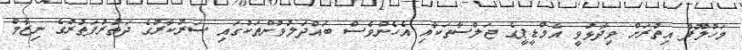
މަހުލޫފް އިތުރަށް ވިދާޅުވީ އެމްޑީޕީގެ ޖަލްސާތަކާއި އެހެންވެސް ބައްދަލުވުންތަކުގައި ސަރުކާރުގެ ދަތުރުފަތުރުގެ ނިޒާމް